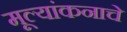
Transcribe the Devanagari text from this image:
मूल्यांकनाचे